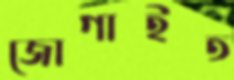
জোগাইত